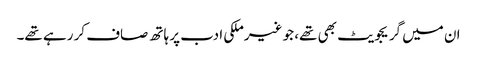
ان میں گریجویٹ بھی تھے، جو غیرملکی ادب پر ہاتھ صاف کر رہے تھے۔